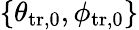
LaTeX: \{ \theta_{\mathrm{tr,0}},\phi_{\mathrm{tr,0}}\}